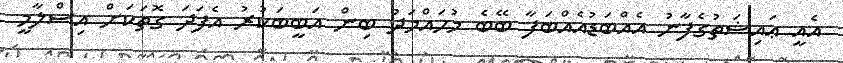
އެއީ ޢައިޝަތުގެފާނު އެއްބަޑުއެއްބަފާ ބޭބެ މުޙައްމަދު ބިން އަބީބަކުރު އެފަދަ ގޮތަކަށް އިސްލާމީ